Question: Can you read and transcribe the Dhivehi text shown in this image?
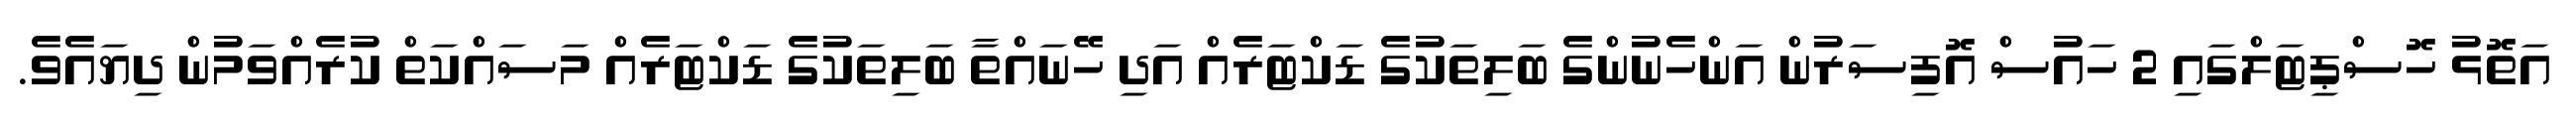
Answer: އަތޮޅު ހޮސްޕިޓަލްގައި 2 ހައުސް އޮފިސަރުން އަންހެނުންގެ ބަލިތަކުގެ ޑަކްޓަރެއް އަދި ހޭނައްތާ ބަލިތަކުގެ ޑަކްޓަރެއް މަސައްކަތް ކުރެއްވަމުން ދިޔައެވެ.